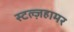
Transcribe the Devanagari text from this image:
स्टल्ज़हामर